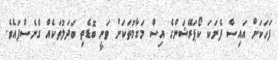
ފަހަކަށް އައިސް ފެނަކަ ކޯޕަރޭޝަންގެ އިސް މަގާމުތަކަށް ވަނީ ބޮޑެތި ބަދަލުތަކެއް ގެނެސްފައެވެ.